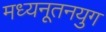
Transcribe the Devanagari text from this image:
मध्यनूतनयुग